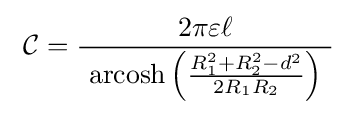
\ {\mathcal {C}}={\frac {2\pi \varepsilon \ell }{\ \operatorname {arcosh} \left({\frac {R_{1}^{2}+R_{2}^{2}-d^{2}}{2R_{1}R_{2}}}\right)\ }}\